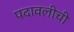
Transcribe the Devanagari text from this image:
पदावलीची